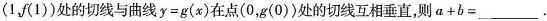
(1，f(1))处的切线与曲线$$y=g(x)$$在点(0，g(0))处的切线互相垂直，则$$a+b=___$$.